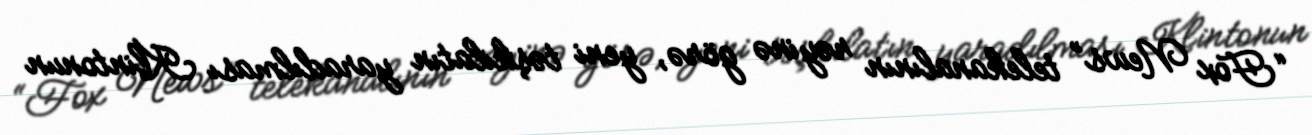
“Fox News” telekanalının rəyinə görə, yeni təşkilatın yaradılması Klintonun